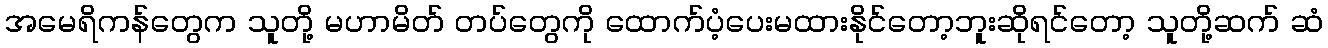
အမေရိကန်တွေက သူတို့ မဟာမိတ် တပ်တွေကို ထောက်ပံ့ပေးမထားနိုင်တော့ဘူးဆိုရင်တော့ သူတို့ဆက် ဆံ